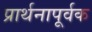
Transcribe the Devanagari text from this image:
प्रार्थनापूर्वक